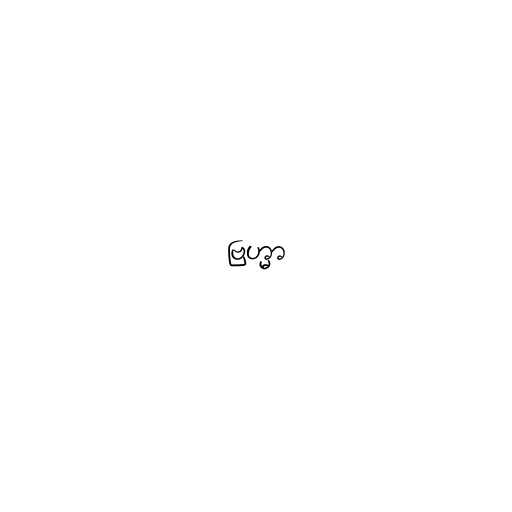
ဗြဟ္မာ